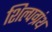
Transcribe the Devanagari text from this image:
शिल्पग्रंथ